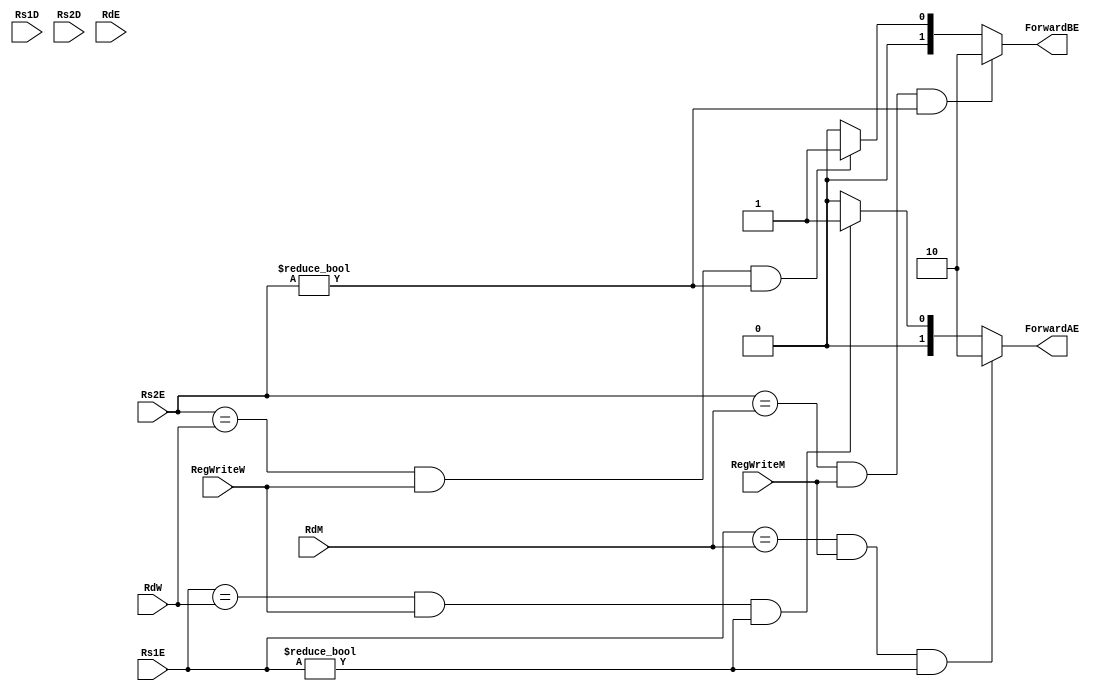
module Hazard_detection(Rs1D, Rs2D, Rs1E, Rs2E,RdE, RdM, RdW, RegWriteM, RegWriteW,
 ForwardAE, ForwardBE);
input [4:0] Rs1D, Rs2D, Rs1E, Rs2E;
                input  [4:0] RdE, RdM, RdW;
                input RegWriteM, RegWriteW;
				  //  input ResultSrcE0, PCSrcE;
                output reg[1:0] ForwardAE, ForwardBE;
              //  output StallD, StallF, FlushD, FlushE;
					 
				 
// Whenever source register (Rs1E, Rs2E) in execution stage matchces with the destination register (RdM, RdW)
// of a previous instruction's Memory or WriteBack stage forward the ALUResultM or ResultW
// And also only when RegWrite is asserted

wire lwStall;
    always @(*)
    begin
	     ForwardAE = 2'b00;
		 ForwardBE = 2'b00;
        if ((Rs1E == RdM) & (RegWriteM) & (Rs1E != 0)) // higher priority - most recent
            ForwardAE = 2'b10; // for forwarding ALU Result in Memory Stage
        else if ((Rs1E == RdW) & (RegWriteW) & (Rs1E != 0))
            ForwardAE = 2'b01; // for forwarding WriteBack Stage Result
                    


        if ((Rs2E == RdM) & (RegWriteM) & (Rs2E != 0))
            ForwardBE = 2'b10; // for forwarding ALU Result in Memory Stage

        else if ((Rs2E == RdW) & (RegWriteW) & (Rs2E != 0))
            ForwardBE = 2'b01; // for forwarding WriteBack Stage Result
     
	  end
	  
//// For Load Word Dependency result does not appear until end of Data Memory Access Stage
//// if Destination register in EXE stage is equal to souce register in decode stage
//// stall previous instructions until the the load word is avialbe at the writeback stage
//// Introduce One cycle latency for subsequent instructions after load word 
//// There is two cycle difference between Memory Access and the immediate next instruction

//   assign lwStall = (ResultSrcE0 == 1) & ((RdE == Rs1D) | (RdE == Rs2D));
////   assign FlushE = lwStall;
//	assign StallF = lwStall;
//	assign StallD = lwStall;
	
//// control hazard
//// whenever branch has been taken, we flush the following two instructions from decode and execute pip reg
//	assign FlushE = lwStall | PCSrcE;
//	assign FlushD = PCSrcE;

endmodule